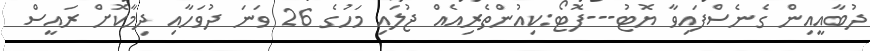
ދުބާއީއިން ގެނެސްފައިވާ ޔޮޓު---ފޮޓޯ:ކިއުންތެރިއެއް ޖުލައި މަހުގެ 26 ވަނަ ދުވަހާއި ދިމާކޮށް ރައީސް